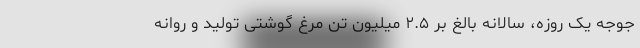
جوجه یک روزه، سالانه بالغ بر ۲.۵ میلیون تن مرغ گوشتی تولید و روانه